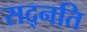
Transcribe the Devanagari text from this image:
सद्नति